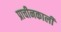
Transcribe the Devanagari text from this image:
प्राचीनकाली